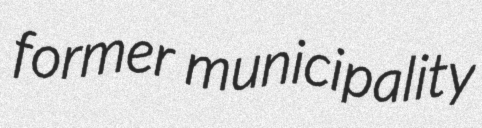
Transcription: former municipality